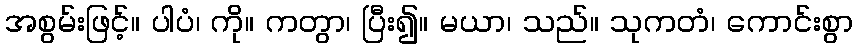
အစွမ်းဖြင့်။ ပါပံ၊ ကို။ ကတွာ၊ ပြီး၍။ မယာ၊ သည်။ သုကတံ၊ ကောင်းစွာ